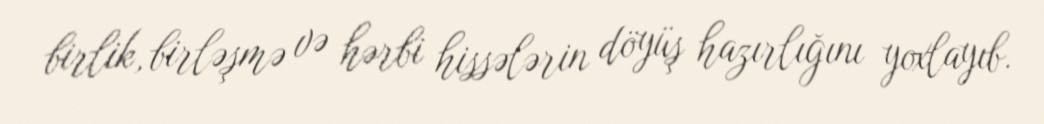
birlik, birləşmə və hərbi hissələrin döyüş hazırlığını yoxlayıb.